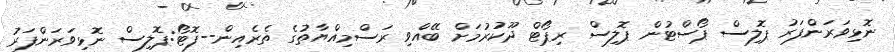
ނޮޅިވަރަންފަރު ޕޮލިސް ޕޯސްޓުން ޕޮލިސް ރިޕޯޓް ދޫކުރުމަށް ބޭއްވި ރަސްމިއްޔާތުގެ ތެރެއިން--ފޮޓޯ:ޕޮލިސް ނޮޅިވަރަންފަރު